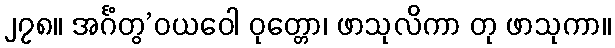
၂၇၈။ အင်္ဂံတွ’ဝယဝေါ ဝုတ္တော၊ ဖာသုလိကာ တု ဖာသုကာ။